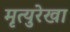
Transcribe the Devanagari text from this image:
मृत्युरेखा